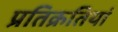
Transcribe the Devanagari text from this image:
प्रतिक्रतियां